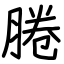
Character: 腃